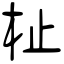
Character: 杫